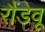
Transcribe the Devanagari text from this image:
रौंडेवू